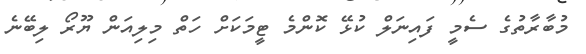
މުބާރާތުގެ ސެމީ ފައިނަލް ކުޅޭ ކޮންމެ ޓީމަކަށް ހަތް މިލިއަން ޔޫރޯ ލިބޭނެ